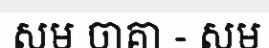
សម ចាគា - សម